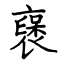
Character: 襃